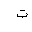
Letter: _ta